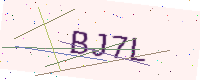
Text: BJ7L